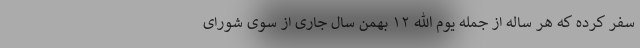
سفر کرده که هر ساله از جمله یوم الله ۱۲ بهمن سال جاری از سوی شورای